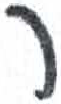
אות: ר